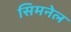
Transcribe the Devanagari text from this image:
सिमनेल